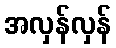
အလှန်လှန်